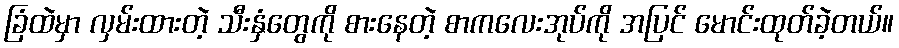
ခြံထဲမှာ လှမ်းထားတဲ့ သီးနှံတွေကို စားနေတဲ့ စာကလေးအုပ်ကို အပြင် မောင်းထုတ်ခဲ့တယ်။